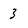
Character: 3